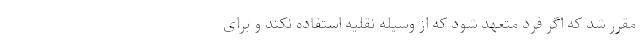
مقرر شد که اگر فرد متعهد شود که از وسیله نقلیه استفاده نکند و برای